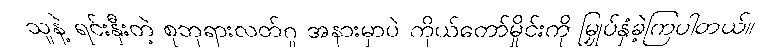
သူနဲ့ ရင်းနှီးတဲ့ စုဘုရားလတ်ဂူ အနားမှာပဲ ကိုယ်တော်မှိုင်းကို မြှုပ်နှံခဲ့ကြပါတယ်။